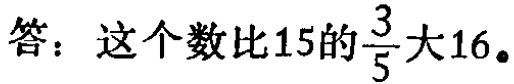
答：这个数比\(15\)的\(\frac{3}{5}\)大\(16\)。